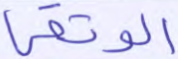
الوثقى